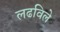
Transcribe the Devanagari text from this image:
लढविले